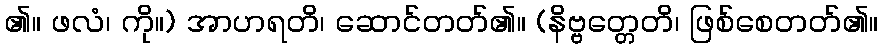
၏။ ဖလံ၊ ကို။) အာဟရတိ၊ ဆောင်တတ်၏။ (နိဗ္ဗတ္တေတိ၊ ဖြစ်စေတတ်၏။